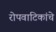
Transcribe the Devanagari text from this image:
रोपवाटिकांचे